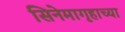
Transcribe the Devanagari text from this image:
सिनेमागृहाच्या